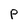
Character: P